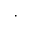
\cdot